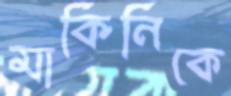
মার্কিনিকে